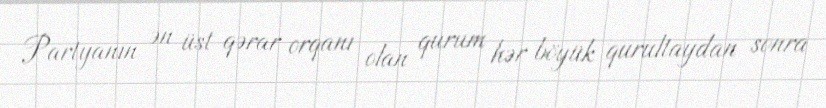
Partyanın ən üst qərar orqanı olan qurum hər böyük qurultaydan sonra